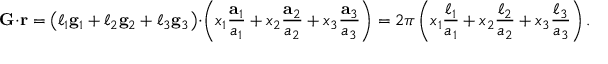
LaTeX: \mathbf { G } \cdot \mathbf { r } = \left( \ell _ { 1 } \mathbf { g } _ { 1 } + \ell _ { 2 } \mathbf { g } _ { 2 } + \ell _ { 3 } \mathbf { g } _ { 3 } \right) \cdot \left( x _ { 1 } { \frac { \mathbf { a } _ { 1 } } { a _ { 1 } } } + x _ { 2 } { \frac { \mathbf { a } _ { 2 } } { a _ { 2 } } } + x _ { 3 } { \frac { \mathbf { a } _ { 3 } } { a _ { 3 } } } \right) = 2 \pi \left( x _ { 1 } { \frac { \ell _ { 1 } } { a _ { 1 } } } + x _ { 2 } { \frac { \ell _ { 2 } } { a _ { 2 } } } + x _ { 3 } { \frac { \ell _ { 3 } } { a _ { 3 } } } \right) .